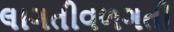
લાગતીવળગતી